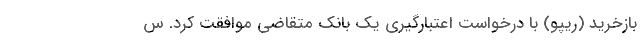
بازخرید (ریپو) با درخواست اعتبارگیری یک بانک متقاضی موافقت کرد. س